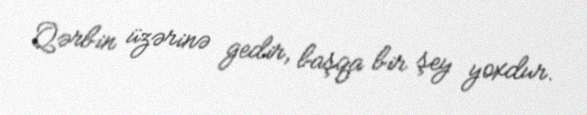
Qərbin üzərinə gedir, başqa bir şey yoxdur.